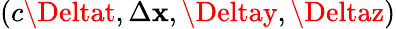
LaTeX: (c\Deltat,\Delta\mathbf{x},\Deltay,\Deltaz)